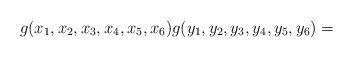
LaTeX: \begin{align*} g(x_1,x_2,x_3,x_4,x_5,x_6) g(y_1,y_2,y_3,y_4,y_5,y_6)= \end{align*}